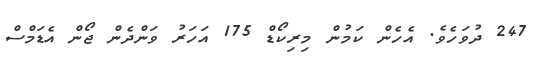
247 ދުވަހެވެ. އެހެން ކަމުން މިރިކޯޑް 175 އަހަރު ވަންދެން ޖޯން އެޑަމްސް